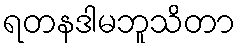
ရတနဒါမဘူသိတာ